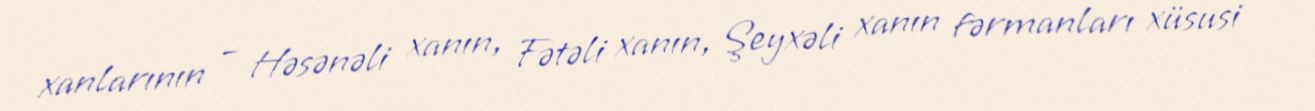
xanlarının – Həsənəli xanın, Fətəli xanın, Şeyxəli xanın fərmanları xüsusi